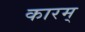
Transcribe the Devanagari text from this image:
कारम्